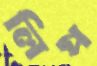
লিপ